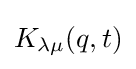
K_{\lambda \mu }(q,t)